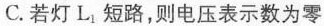
C.若灯L1短路，则电压表示数为零